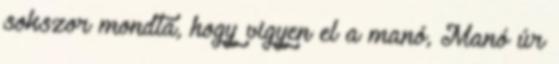
sokszor mondta, hogy vigyen el a manó, Manó úr